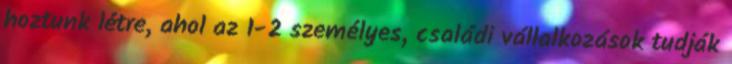
hoztunk létre, ahol az 1-2 személyes, családi vállalkozások tudják